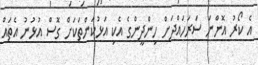
އެ ކޯރު އޮންނަ ސަރަހައްދަށް ހިންދީންގެ އެކި އަޅުކަންތަކަށް ގޮސް އުޅުނު އެތައް